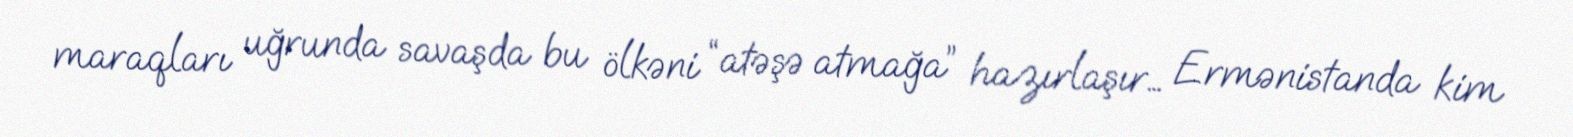
maraqları uğrunda savaşda bu ölkəni “atəşə atmağa” hazırlaşır… Ermənistanda kim